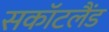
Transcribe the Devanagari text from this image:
सकॉटलैंड